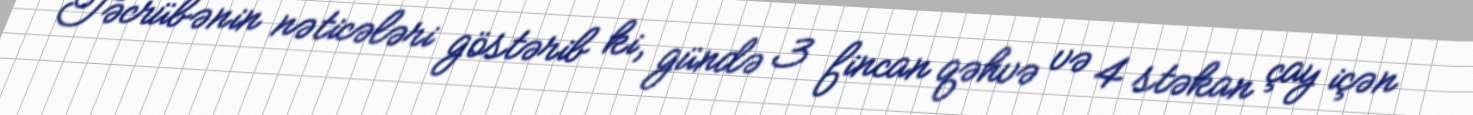
Təcrübənin nəticələri göstərib ki, gündə 3 fincan qəhvə və 4 stəkan çay içən